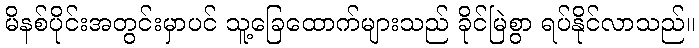
မိနစ်ပိုင်းအတွင်းမှာပင် သူ့ခြေထောက်များသည် ခိုင်မြဲစွာ ရပ်နိုင်လာသည်။